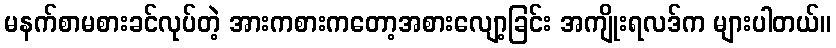
မနက်စာမစားခင်လုပ်တဲ့ အားကစားကတော့အစားလျော့ခြင်း အကျိုးရလဒ်က များပါတယ်။